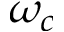
\omega _ { c }